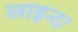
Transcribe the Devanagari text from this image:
लाइन्दा